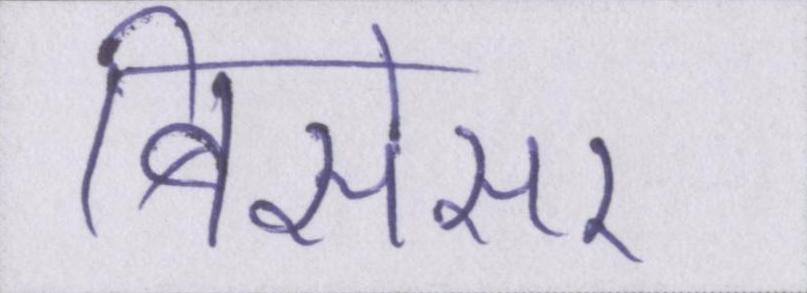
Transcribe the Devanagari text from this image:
बिसेसर